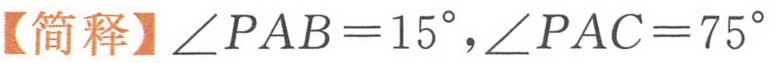
【简释】\(\angle PAB = 15^{\circ},\angle PAC = 75^{\circ}\)